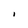
Character: I